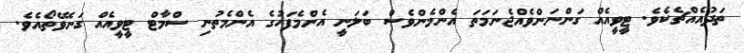
ތަދުއެއްޗެކެވެ. ޓީވީއެއް ގަންނަންވެއްޖެނަމަތަ އެންމެންވެސް ބަލަނީ އެންމެފަހުގެ އެންމެތުުނި ސްމާޓް ޓީވީއެއް ގަނެވޭތޯއެވެ.